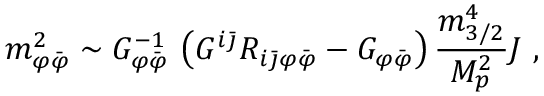
m _ { \varphi { \bar { \varphi } } } ^ { 2 } \sim G _ { \varphi { \bar { \varphi } } } ^ { - 1 } \, \left( G ^ { i { \bar { \jmath } } } R _ { i { \bar { \jmath } } \varphi { \bar { \varphi } } } - G _ { \varphi { \bar { \varphi } } } \right) { \frac { m _ { 3 / 2 } ^ { 4 } } { M _ { p } ^ { 2 } } } { \cal J } \ ,